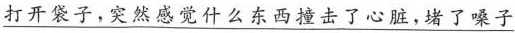
\underline{打开袋子，突然感觉什么东西撞击了心脏，堵了嗓子}